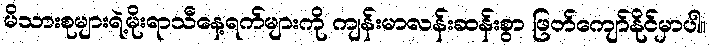
မိသားစုများရဲ့မိုးရာသီနေ့ရက်များကို ကျန်းမာလန်းဆန်းစွာ ဖြတ်ကျော်နိုင်မှာပါ။